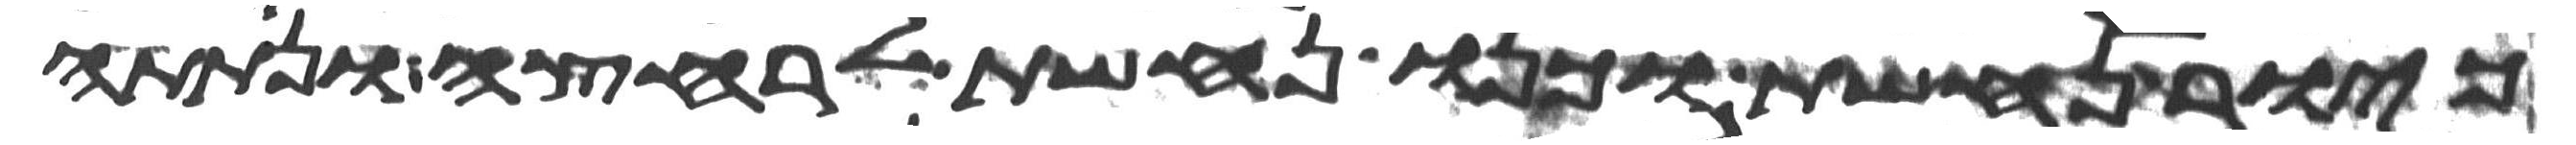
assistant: כיור נחשת וכנו נחשת לרחצה ונתתה